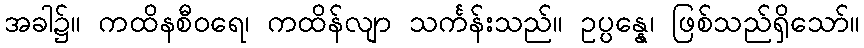
အခါ၌။ ကထိနစီဝရေ၊ ကထိန်လျာ သင်္ကန်းသည်။ ဥပ္ပန္နေ၊ ဖြစ်သည်ရှိသော်။